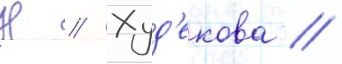
Н // Худ'екова /